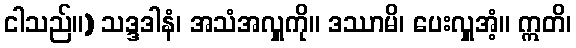
ငါသည်။) သဒ္ဒဒါနံ၊ အသံအလှူကို။ ဒဿာမိ၊ ပေးလှူအံ့။ ဣတိ၊